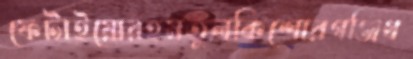
ফেটাইয়োরহমতুলকিশোরগঞ্জিথ